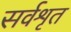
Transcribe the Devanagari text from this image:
सर्वशृत